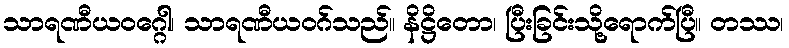
သာရဏီယဝဂ္ဂေါ၊ သာရဏီယဝဂ်သည်။ နိဋ္ဌိတော၊ ပြီးခြင်းသို့ရောက်ပြီ။ တဿ၊